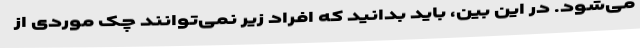
می‌شود. در این بین، باید بدانید که افراد زیر نمی‌توانند چک موردی از